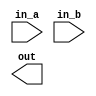
module adder(
			input [31:0] in_a,
			input [31:0] in_b,
			output [31:0] out,
			);
			reg [31:0] pre_pc_reg;
			reg [31:0] next_pc_reg;
			wire [31:0] wireout;
			assign wireout = pre_pc_reg + 32'd 4;
			assign nextpc = next_pc_reg;
			
			always@(posedge clk)
			begin
				pre_pc_reg <= prepc;
				next_pc_reg <= wireout;
			end
endmodule